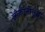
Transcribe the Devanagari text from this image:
लोकांनीसुद्धा